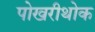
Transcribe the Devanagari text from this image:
पोखरीथोक